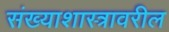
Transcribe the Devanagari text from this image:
संख्याशास्त्रावरील